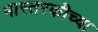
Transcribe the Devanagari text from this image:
मास्तरकीच्या